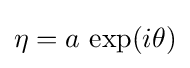
\eta =a\,\exp(i\theta )